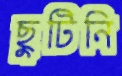
ছুটিনি